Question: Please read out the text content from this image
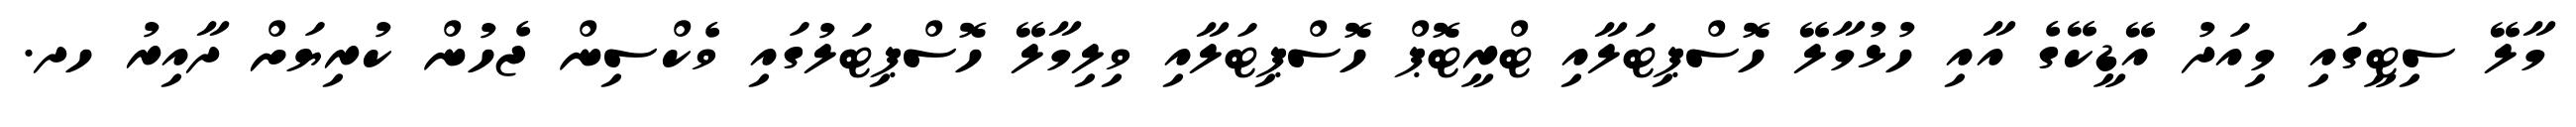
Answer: މާލޭ ސިޓީގައި މިއަދު އޭޑީކޭގެ އާއި ހުޅުމާލޭ ހޮސްޕިޓަލާއި ޓްރީޓޮޕް ހޮސްޕިޓަލާއި ވިލިމާލޭ ހޮސްޕިޓަލުގައި ވެކްސިން ޖެހުން ކުރިޔަށް ދާއިރު ހދ.